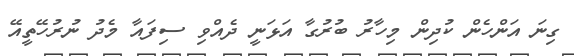
ގިނަ އަންހެން ކުދިން މިހާރު ބުރުގާ އަޅަނީ ދެއްވި ސިފައާ މެދު ނުރުހޭތީއޭ